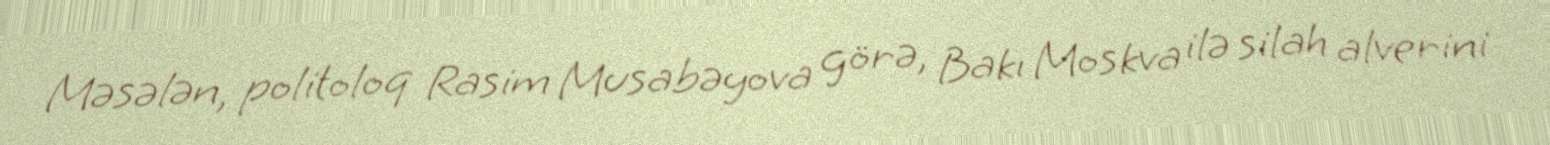
Məsələn, politoloq Rasim Musabəyova görə, Bakı Moskva ilə silah alverini